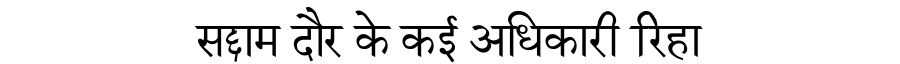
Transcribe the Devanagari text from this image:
सद्दाम दौर के कई अधिकारी रिहा